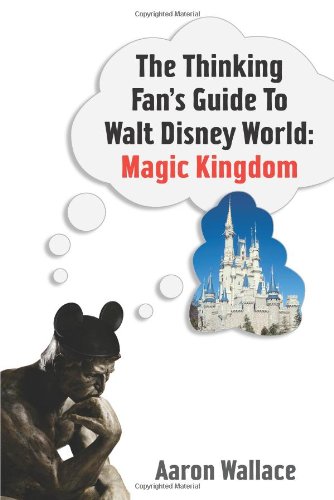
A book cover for The Thinking Fan's Guide to Walt Disney World: Magic Kingdom; Aaron Wallace; Travel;